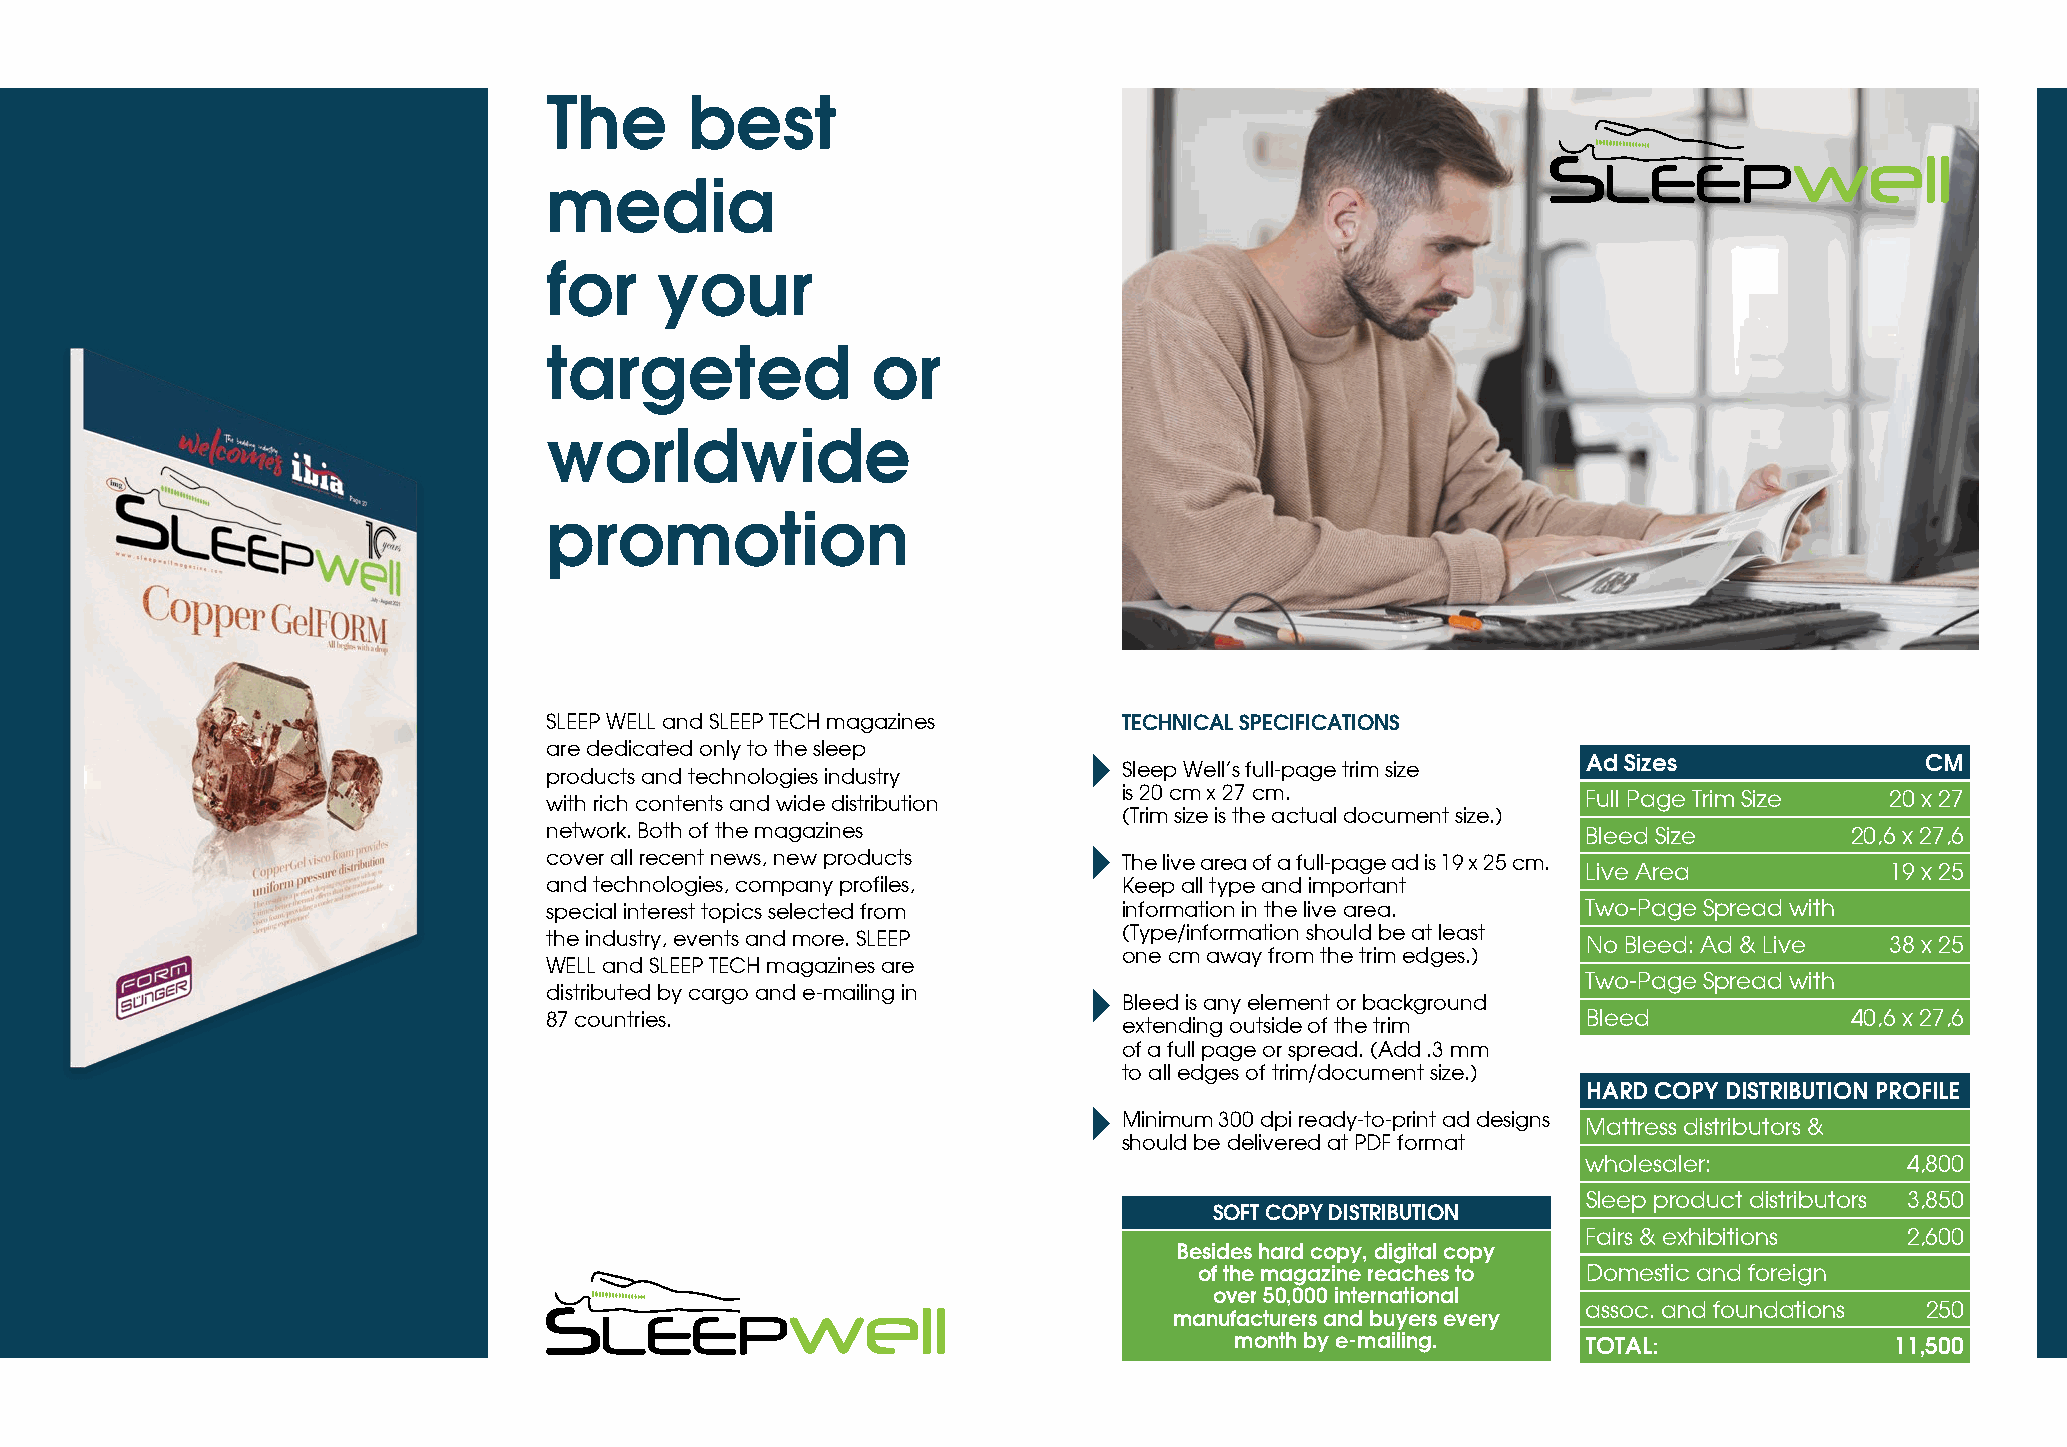
The       best
 media
 for     your
 targeted              or
 worldwide
 promotion
 SLEEP WELL and SLEEP TECH magazines   TECHNICAL SPECIFICATIONS
 are dedicated only to the sleep
 Ad Sizes              CM
 Sleep Well’s full-page trim size
 products and technologies industry
 with rich contents and wide distribution is 20 cm x 27 cm.           Full Page Trim Size 20 x 27
 (Trim size is the actual document size.)
 network. Both of the magazines                                       Bleed Size        20,6 x 27,6
 cover all recent news, new products   The live area of a full-page ad is 19 x 25 cm.
 Live Area           19 x 25
 and technologies, company profiles,   Keep all type and important
 special interest topics selected from information in the live area.  Two-Page Spread with
 the industry, events and more. SLEEP  (Type/information should be at least No Bleed: Ad & Live 38 x 25
 one cm away from the trim edges.)
 WELL and SLEEP TECH magazines are
 Two-Page Spread with
 distributed by cargo and e-mailing in
 Bleed is any element or background
 87 countries.                         extending outside of the trim  Bleed             40,6 x 27,6
 of a full page or spread. (Add .3 mm
 to all edges of trim/document size.)
 HARD COPY DISTRIBUTION PROFILE
 Minimum 300 dpi ready-to-print ad designs
 Mattress distributors &
 should be delivered at PDF format
 wholesaler:          4,800
 Sleep product distributors 3,850
 SOFT COPY DISTRIBUTION
 Fairs & exhibitions  2,600
 Besides hard copy, digital copy
 of the magazine reaches to Domestic and foreign
 over 50,000 international
 assoc. and foundations 250
 manufacturers and buyers every
 month by e-mailing.    TOTAL:              11,500